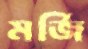
মর্জি